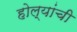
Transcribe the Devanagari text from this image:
होल्यांची